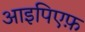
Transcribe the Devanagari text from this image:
आइपिएफ़